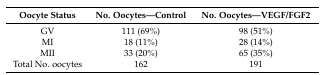
| Oocyte Status | No. Oocytes—Control | No. Oocytes—VEGF/FGF2 |
 | --- | --- | --- |
 | GV | 111 (69%) | 98 (51%) |
 | MI | 18 (11%) | 28 (14%) |
 | MII | 33 (20%) | 65 (35%) |
 | Total No. oocytes | 162 | 191 |